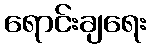
ရောင်းချရေး